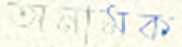
অনামক